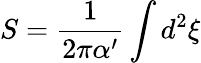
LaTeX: S=\frac{1}{2\pi\alpha^{\prime}}\int d^{2}\xi